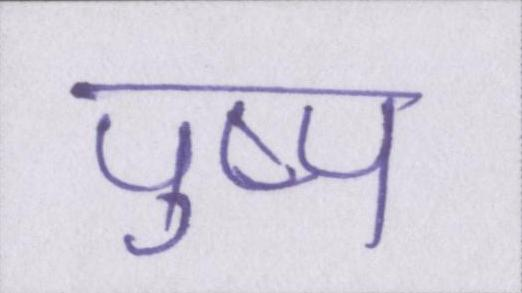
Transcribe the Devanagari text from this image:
पुष्प